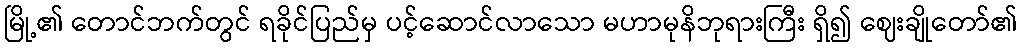
မြို့၏ တောင်ဘက်တွင် ရခိုင်ပြည်မှ ပင့်ဆောင်လာသော မဟာမုနိဘုရားကြီး ရှိ၍ ဈေးချိုတော်၏